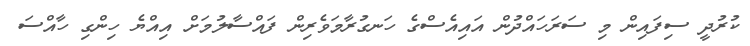
ކުރުދީ ސިފައިން މި ސަރަހައްދުން އައިއެސްގެ ހަނގުރާމަވެރިން ފައްސާލުމަށް އިއްޔެ ހިންގި ހާއްސަ